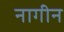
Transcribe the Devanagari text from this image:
नागीन